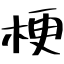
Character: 梗